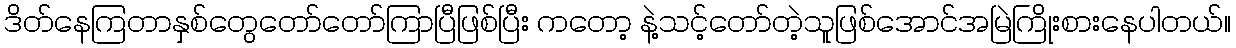
ဒိတ်နေကြတာနှစ်တွေတော်တော်ကြာပြီဖြစ်ပြီး ကတော့ နဲ့သင့်တော်တဲ့သူဖြစ်အောင်အမြဲကြိုးစားနေပါတယ်။